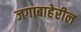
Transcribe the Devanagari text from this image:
जगाबाहेरील